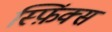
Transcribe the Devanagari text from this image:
स्फ़िंक्स